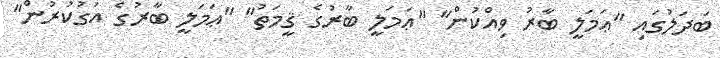
ބަދަލުގައި "ޢަމަލީ ބާރު ވިއްކުން" "ޢަމަލީ ބާރުގެ ޤީމަތު" "ޢަމަލީ ބާރުގެ އަގުކުރުން"